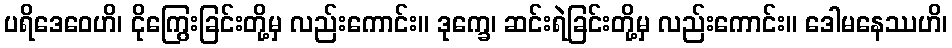
ပရိဒေဝေဟိ၊ ငိုကြွေးခြင်းတို့မှ လည်းကောင်း။ ဒုက္ခေ၊ ဆင်းရဲခြင်းတို့မှ လည်းကောင်း။ ဒေါမနေဿဟိ၊